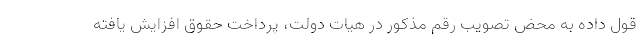
قول داده به محض تصویب رقم مذکور در هیات دولت، پرداخت حقوق افزایش یافته